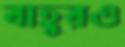
বাহুরও